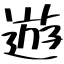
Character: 遊